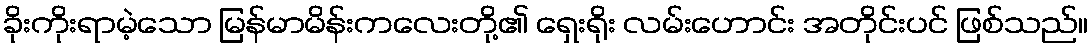
ခိုးကိုးရာမဲ့သော မြန်မာမိန်းကလေးတို့၏ ရှေးရိုး လမ်းဟောင်း အတိုင်းပင် ဖြစ်သည်။